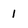
Character: 1